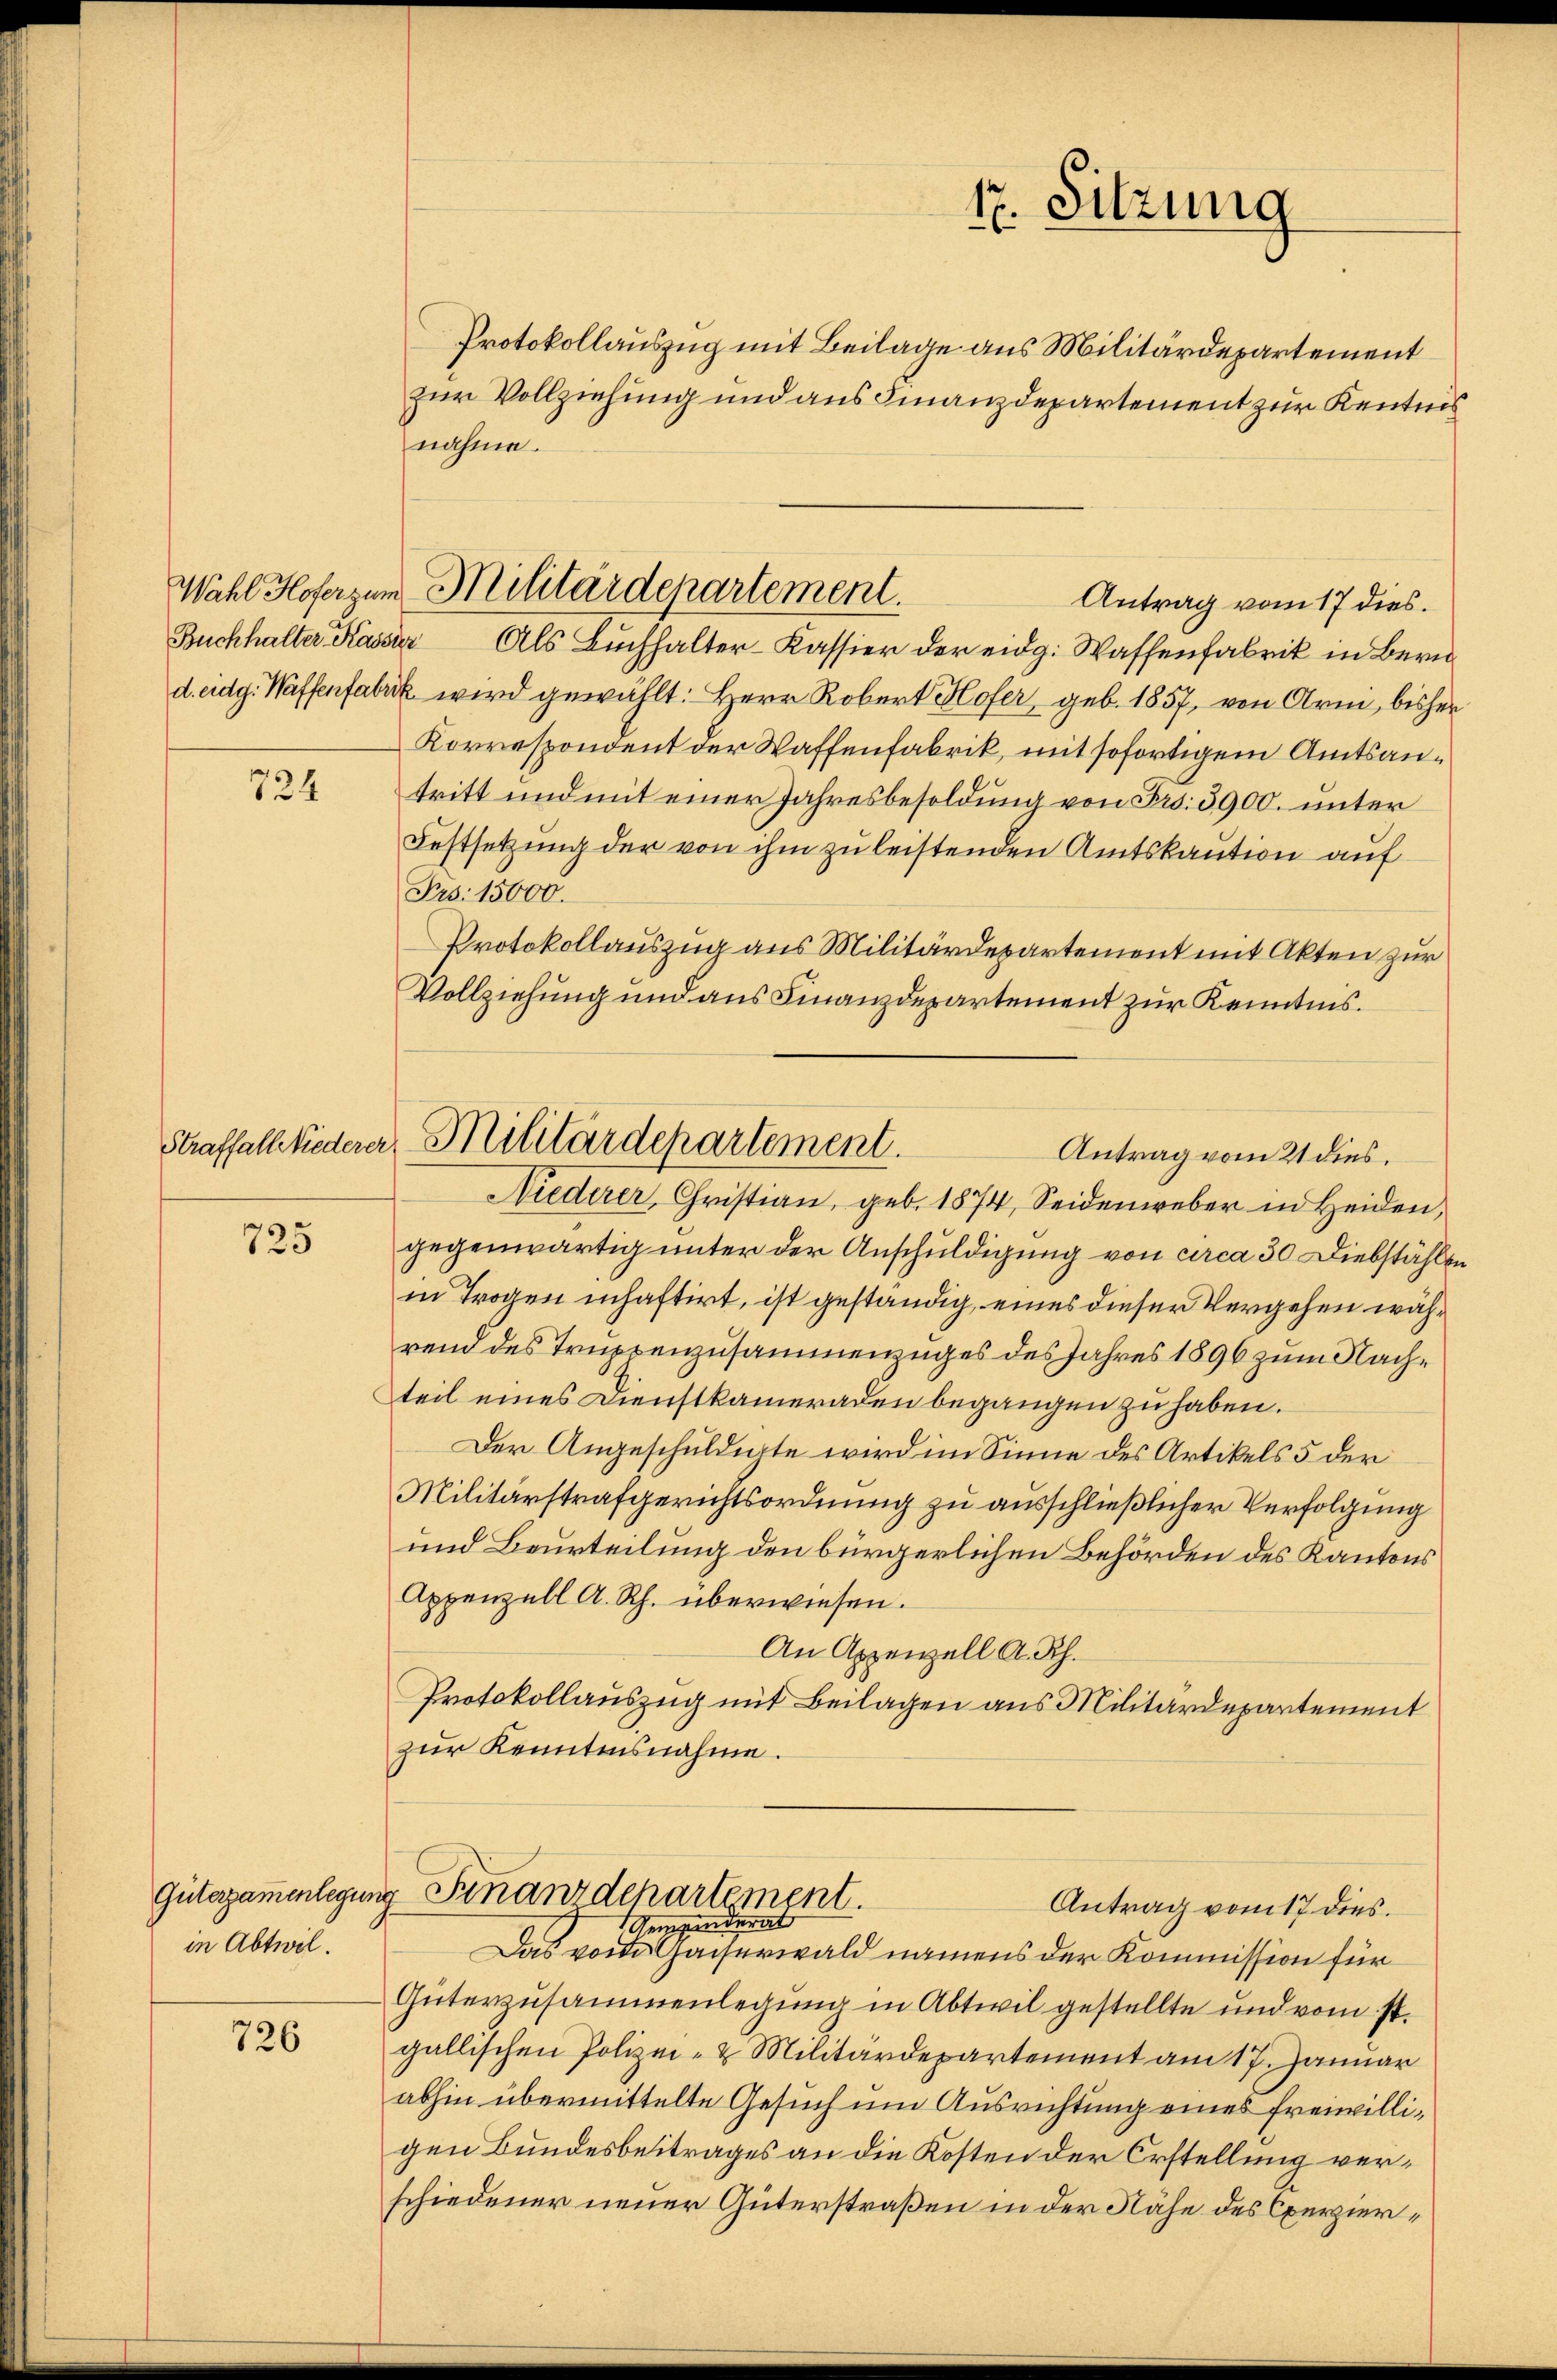
Buchhalter Kassier

724

725

Gütergamenlegun
in Abtwil.

726

Wahl Hofer zum Militärdepartement.

Straffall wiederer Militärdepartement.
Antrag vom 21 dies

Protokollauszug mit Beilage aus Militärdepartement
zur Vollziehung und aus Finanzdepartement zur Kentnis
nahme.
Antrag vom 17 dies.
Als Buchhalter-Kassier der eidg. Waffenfabrik in Bern
d. eidg. Waffenfabrik wird gewählt: Herr Robert Hofer, geb. 1857, von Arm, bisher
Korrespondent der Waffenfabrik, mit sofortigem Amtsantritt und mit einer Jahresbesoldung von Frs. 3900. unter
Festsetzung der von ihm zu leistenden Amtskaution auf
Prs. 15000.
Protokollauszug aus Militärdepartement mit Akten zur
Vollziehung und aus Finanzdepartement zur Kenntnis.

g Finanzdepartement.
Antrag vom 17 dies
Gemeinderat

17. Sitzung

Niederer, Christian, geb. 1874. Seidenweber in Heiden,
gegenwärtig unter der Anschuldigung von circa 30 Diebstählen
in Trogen inhaftirt, ist geständig, eines dieser Vergehen während des Truppenzusammenzuges des Jahres 1896 zum Nachteil eines Dienstkameraden begangen zu haben.
Der Angeschuldigte wird im Sinne des Artikels 5 der
Militärstrafgerichtsordnung zu ausschließlicher Verfolgung
und Beurteilung den bürgerlichen Behörden des Kantons
Appenzell A. Rh. überwiesen.
An Appenzell A. Rh.
Protokollauszug mit Beilagen aus Militärdepartement
zur Kenntnisnahme.

Das von Gaiserwald namens der Kommission für
Güterzusammenlegung in Abteil gestellte und vom st.
gallischen Polizei- & Militärdepartement am 17. Januar
abhin übermittelte Gesuch um Ausrichtung eines freiwilligen Bundesbeitrages an die Kosten der Erstellung verschiedener neuer Güterstraßen in der Nähe des Operzier¬